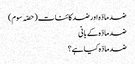
ضد مادّہ اور ضد کائنات (حصّہ سوم)
ضد مادّہ کے بانی
ضد مادّہ کیا ہے؟